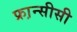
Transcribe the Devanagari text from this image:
फ्रा़न्सीसी